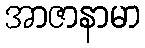
အာဇာနာမာ